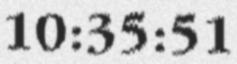
10:35:51